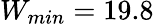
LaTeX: W_{\textit{min}}=19.8